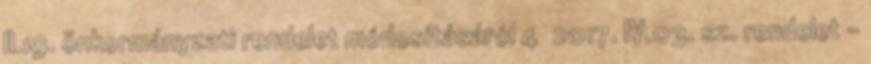
II.19. önkormányzati rendelet módosításáról 4 2017. IV.03. sz. rendelet –